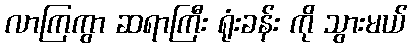
လာကြကွာ ဆရာကြီး ရုံးခန်း ကို သွားမယ်